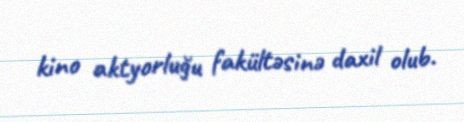
kino aktyorluğu fakültəsinə daxil olub.